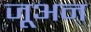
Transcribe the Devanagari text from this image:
जूअन